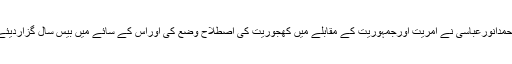
محمدانورعباسی نے آمریت اورجمہوریت کے مقابلے میں کھجوریت کی اصطلاح وضع کی اوراُس کے سائے میں بیس سال گزاردیئے۔